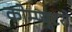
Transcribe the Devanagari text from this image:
कोम्प्यूटरो